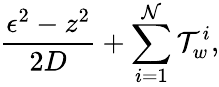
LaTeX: \frac{\epsilon^{2}-z^{2}}{2D}+\sum_{i=1}^{\mathcal{N}}\mathcal{T}_{w}^{i},